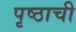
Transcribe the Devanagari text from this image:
पृष्ठाची